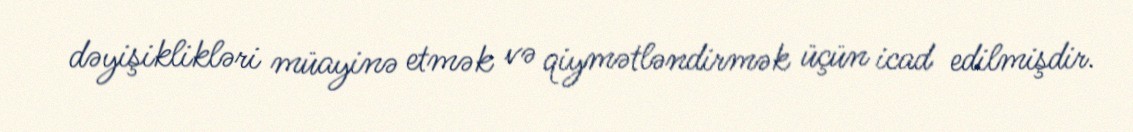
dəyişiklikləri müayinə etmək və qiymətləndirmək üçün icad edilmişdir.